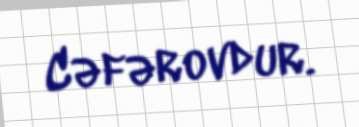
Cəfərovdur.